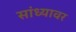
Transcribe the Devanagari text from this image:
सांध्यावर